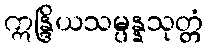
ဣန္ဒြိယသမ္ပန္နသုတ္တံ